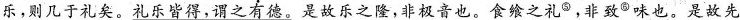
乐，则几于礼矣。礼乐皆得，谓之有德。是故乐之隆，非极音也。飨之礼，非致◎味也。是故先